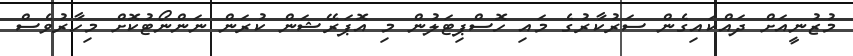
މުޒުނީއަށް ދައްކައިގެން ސަރުކާރުގެ މައި ހޮސްޕިޓަލުން މި އޮޕަރޭޝަން ކުރަން ނަންނޯޓުކޮށް މިހާރުވެސް